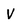
Character: V